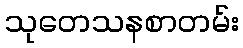
သုတေသနစာတမ်း